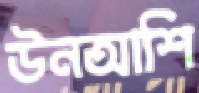
উনআশি